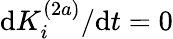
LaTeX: \mathrm{d}K_{i}^{(2a)}/\mathrm{d}t=0